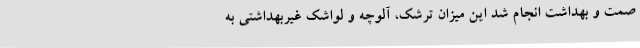
صمت و بهداشت انجام شد این میزان ترشک، آلوچه و لواشک غیربهداشتی به